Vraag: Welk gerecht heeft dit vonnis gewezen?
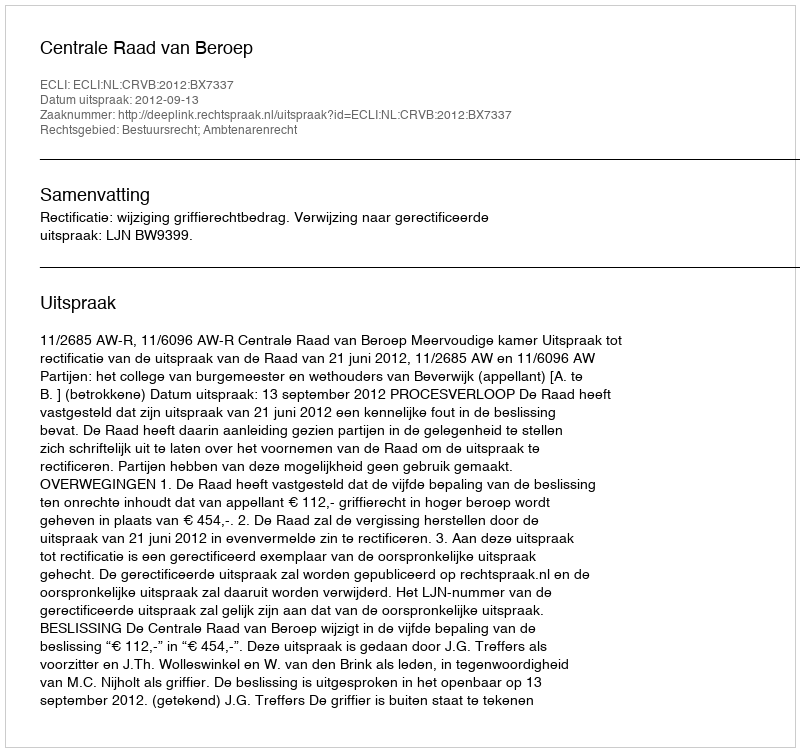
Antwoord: Centrale Raad van Beroep